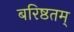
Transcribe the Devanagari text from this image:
बरिष्ठतम्